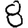
Digit: 8